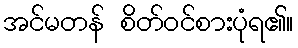
အင်မတန် စိတ်ဝင်စားပုံရ၏။